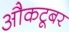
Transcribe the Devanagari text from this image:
औकटूबर